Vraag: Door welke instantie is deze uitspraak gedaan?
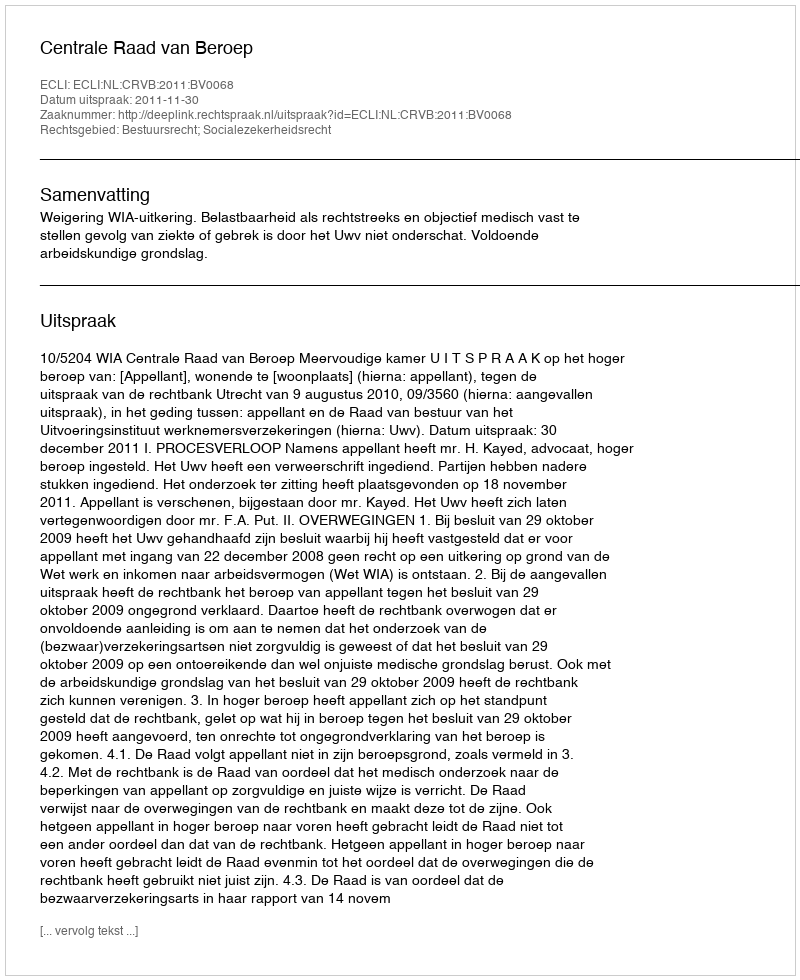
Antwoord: Centrale Raad van Beroep